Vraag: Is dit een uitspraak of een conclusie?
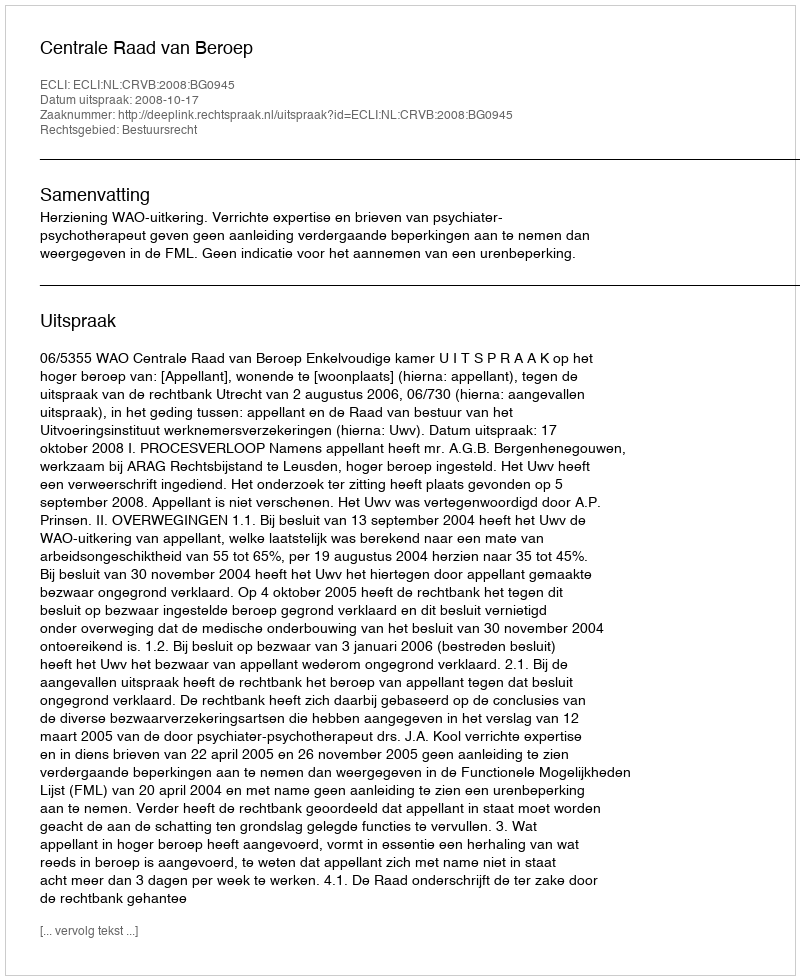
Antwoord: Uitspraak